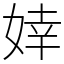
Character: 婞